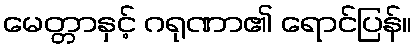
မေတ္တာနှင့် ဂရုဏာ၏ ရောင်ပြန်။